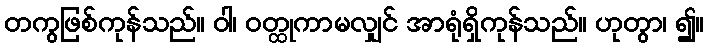
တကွဖြစ်ကုန်သည်။ ဝါ၊ ဝတ္ထုကာမလျှင် အာရုံရှိကုန်သည်။ ဟုတွာ၊ ၍။